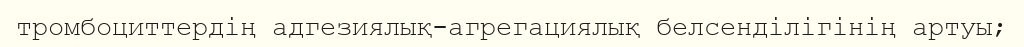
тромбоциттердің адгезиялық-агрегациялық белсенділігінің артуы;